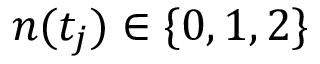
n ( t _ { j } ) \in \{ 0 , 1 , 2 \}